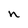
Character: n